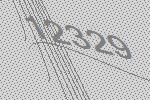
12329